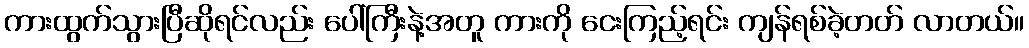
ကားထွက်သွားပြီဆိုရင်လည်း ပေါ်ကြီးနဲ့အတူ ကားကို ငေးကြည့်ရင်း ကျန်ရစ်ခဲ့တတ် လာတယ်။